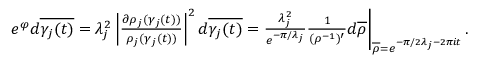
\begin{array} { r } { e ^ { \varphi } d \overline { { \gamma _ { j } ( t ) } } = \lambda _ { j } ^ { 2 } \left| { \frac { \partial \rho _ { j } ( \gamma _ { j } ( t ) ) } { \rho _ { j } ( \gamma _ { j } ( t ) ) } } \right| ^ { 2 } d \overline { { \gamma _ { j } ( t ) } } = { \frac { \lambda _ { j } ^ { 2 } } { e ^ { - \pi / \lambda _ { j } } } } { \frac { 1 } { ( \rho ^ { - 1 } ) ^ { \prime } } } d \overline { { \rho } } \bigg | _ { \overline { { \rho } } = e ^ { - \pi / 2 \lambda _ { j } - 2 \pi i t } } \, . } \end{array}